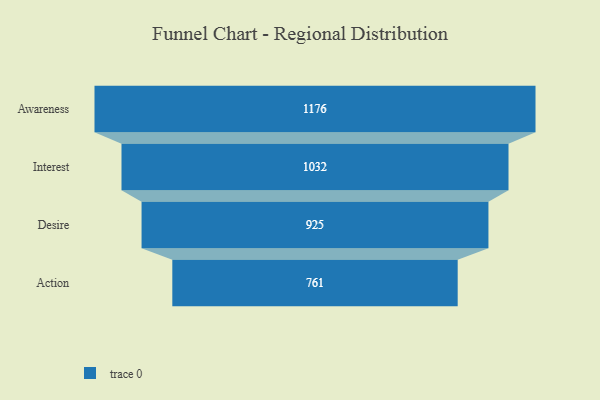
{"axis": {"x": "Stage", "y": "Value"}, "legend": [""], "data": [{"x": "Awareness", "y": 1176.0, "type": ""}, {"x": "Interest", "y": 1032.0, "type": ""}, {"x": "Desire", "y": 925.0, "type": ""}, {"x": "Action", "y": 761.0, "type": ""}]}